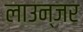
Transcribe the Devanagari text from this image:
लाउन्जर